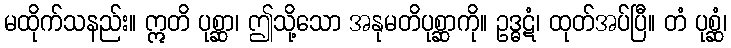
မထိုက်သနည်း။ ဣတိ ပုစ္ဆာ၊ ဤသို့သော အနုမတိပုစ္ဆာကို။ ဥဒ္ဓဋံ၊ ထုတ်အပ်ပြီ။ တံ ပုစ္ဆံ၊